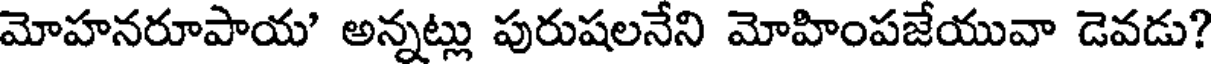
మోహనరూపాయ' అన్నట్లు పురుషలనేని మోహింపజేయువా డెవడు?